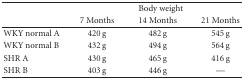
<table><thead><tr><td>[EMPTY_CELL]</td><td colspan="3"><b>Body weight</b></td></tr><tr><td>[EMPTY_CELL]</td><td><b> 7 Months</b></td><td><b> 14 Months</b></td><td><b> 21 Months </b></td></tr></thead><tbody><tr><td> WKY normal A</td><td> 420 g</td><td> 482 g</td><td> 545 g</td></tr><tr><td>WKY normal B</td><td> 432 g</td><td> 494 g</td><td> 564 g</td></tr><tr><td>SHR A</td><td> 430 g</td><td> 465 g</td><td> 416 g</td></tr><tr><td>SHR B</td><td> 403 g</td><td> 446 g</td><td>—</td></tr></tbody></table>